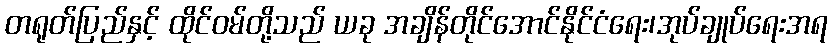
တရုတ်ပြည်နှင့် ထိုင်ဝမ်တို့သည် ယခု အချိန်တိုင်အောင်နိုင်ငံရေး၊အုပ်ချုပ်ရေးအရ